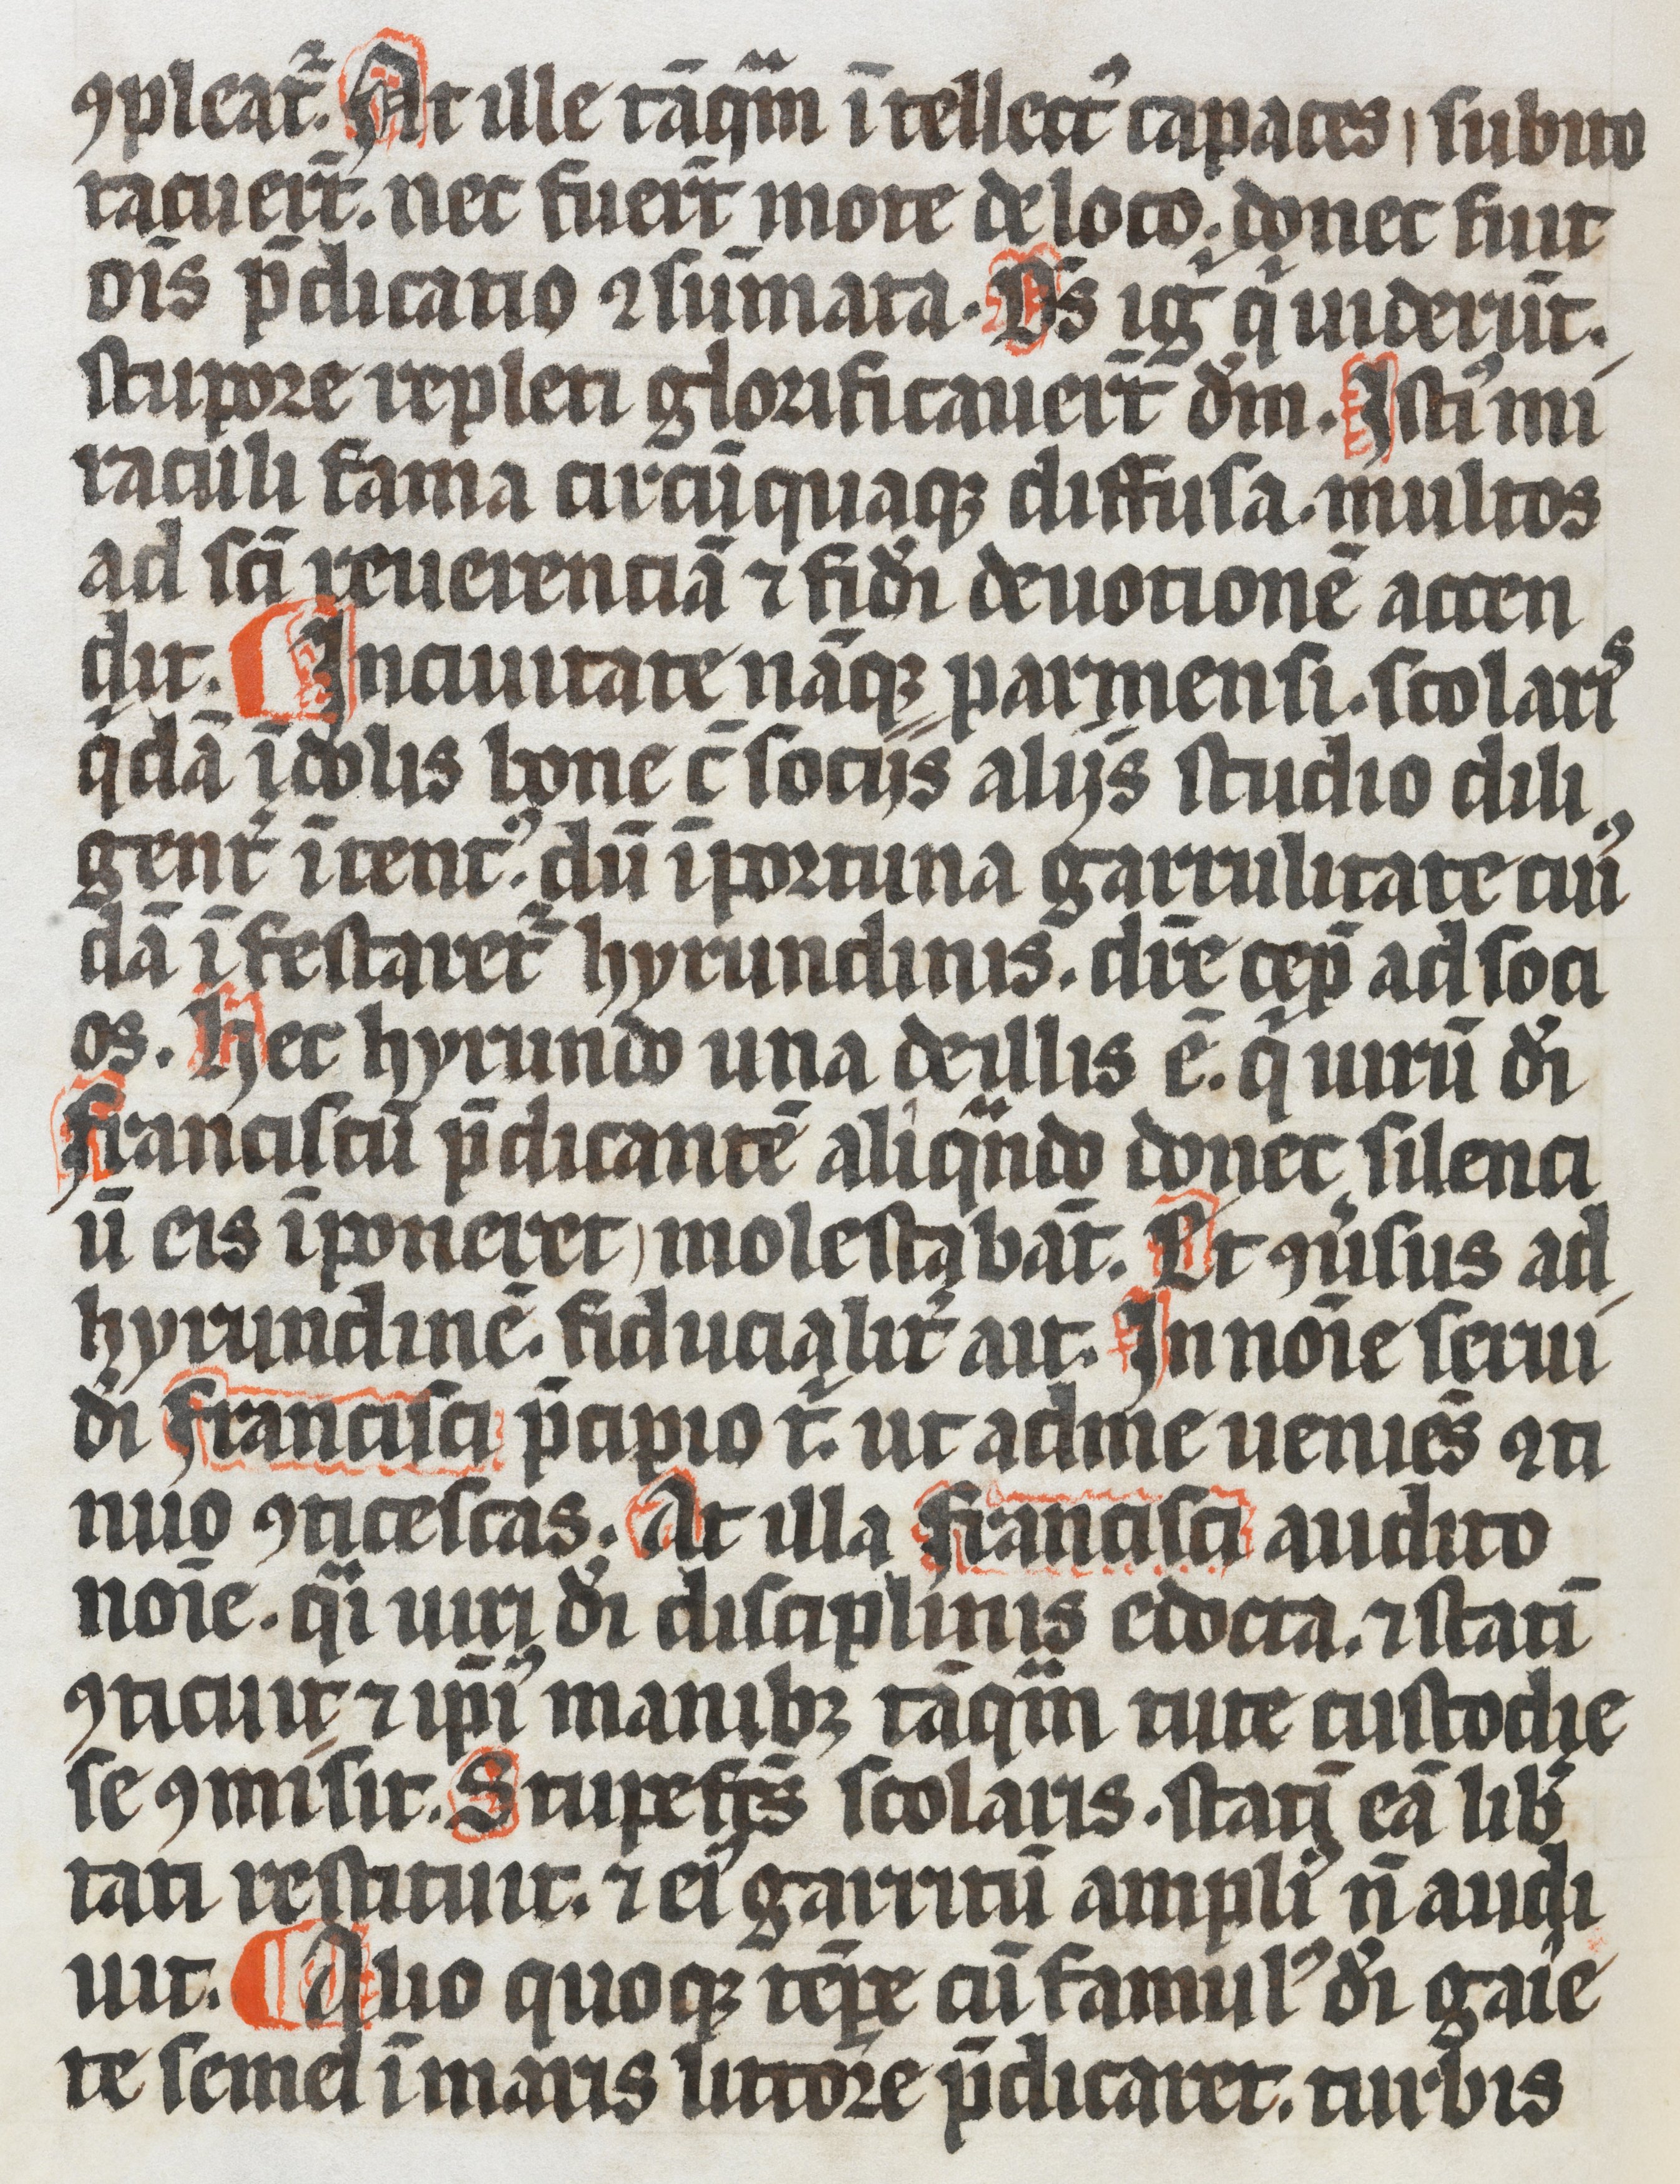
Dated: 1337–1337